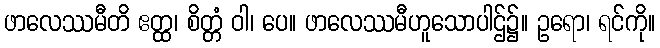
ဖာလေဿမီတိ ဧတ္ထ၊ စိတ္တံ ဝါ၊ ပေ။ ဖာလေဿမီဟူသောပါဌ်၌။ ဥရော၊ ရင်ကို။